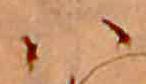
ハ